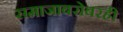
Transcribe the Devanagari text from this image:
समाजाबरोबरही